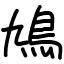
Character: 鳩